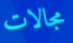
مجالات